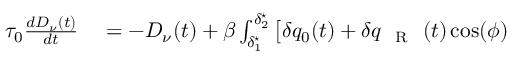
\begin{array} { r l } { \tau _ { 0 } \frac { d D _ { \nu } ( t ) } { d t } } & { { } = - D _ { \nu } ( t ) + \beta \int _ { \delta _ { 1 } ^ { \star } } ^ { \delta _ { 2 } ^ { \star } } \big [ \delta q _ { 0 } ( t ) + \delta q _ { \mathrm { ~ { ~ R ~ } ~ } } ( t ) \cos ( \phi ) } \end{array}